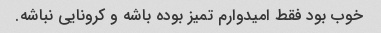
خوب بود فقط امیدوارم تمیز بوده باشه و کرونایی نباشه.